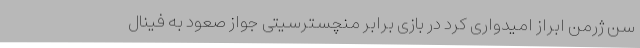
سن ژرمن ابراز امیدواری کرد در بازی برابر منچسترسیتی جواز صعود به فینال